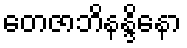
တေဇာဘိနန္ဒိနော